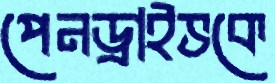
পেনড্রাইভকে